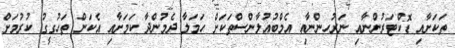
ތަކަށާއި ޑޮކްޓަރުންނާއި ނަރުހންނާއި އެމްބުއުލާންސްތަކަށް ހަމަލާ ދެމުންދާ ކަމަށާއި އެކަން ތަހުގީގު ކުރުމަށް